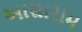
આસારામ